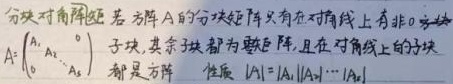
分块对角矩阵：若方阵\(A\)的分块矩阵只有在对角线上有非\(0\)子块，其余子块都为零矩阵，且在对角线上的子块都是方阵。性质：\(\vert A\vert=\vert A_1\vert\vert A_2\vert\cdots\vert A_s\vert\)，\(A = \begin{pmatrix}A_1 & & \text{0} \\ & \ddots & \\ \text{0} & & A_s\end{pmatrix}\) 。